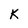
Character: K